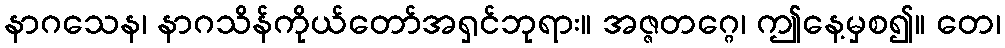
နာဂသေန၊ နာဂသိန်ကိုယ်တော်အရှင်ဘုရား။ အဇ္ဇတဂ္ဂေ၊ ဤနေ့မှစ၍။ တေ၊